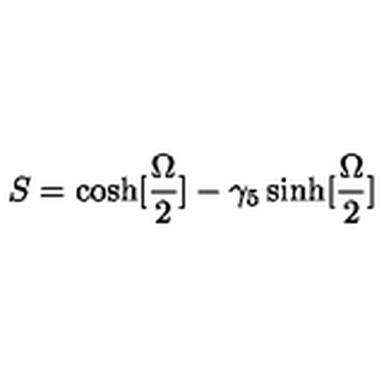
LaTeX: S = \cosh [ { \frac { \Omega } { 2 } } ] - \gamma _ { 5 } \sinh [ { \frac { \Omega } { 2 } } ]